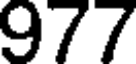
977